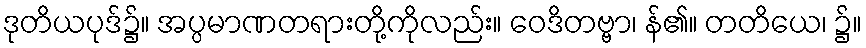
ဒုတိယပုဒ်၌။ အပ္ပမာဏတရားတို့ကိုလည်း။ ဝေဒိတဗ္ဗာ၊ န်၏။ တတိယေ၊ ၌။